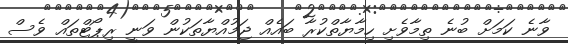
ވާނެ ކަމަށް ބުނެ ތިމާވެށި ހިމާޔާތްކުރާ ބައެއް ޖަމުއްޔާތަކުން ވަނީ ރިޕޯޓްތައް ވެސް